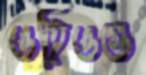
ওহিওগু